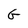
Character: G